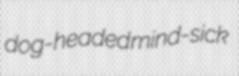
dog-headed mind-sick